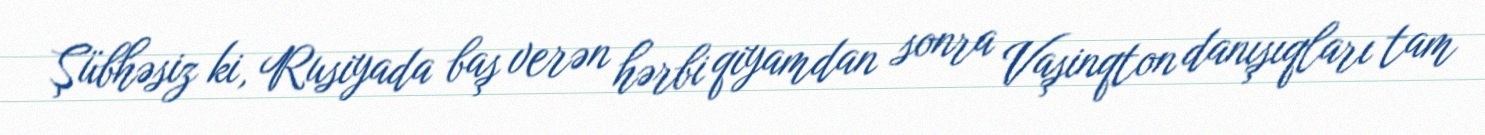
Şübhəsiz ki, Rusiyada baş verən hərbi qiyamdan sonra Vaşinqton danışıqları tam